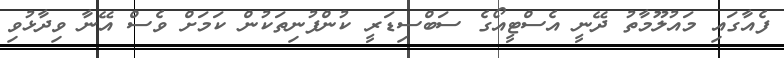
ފެއާގައި މައުލޫމާތު ދޭނީ އެސްޓީއޯގެ ސަބްސިޑަރީ ކުންފުނިތަކުން ކަމަށް ވެސް އޭނާ ވިދާޅުވި